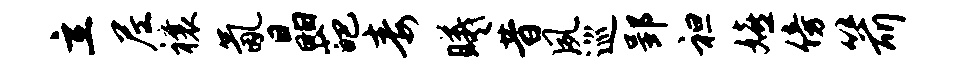
立尼禳氤晶葩毒曦昔夙巡郢袒嬉傍箭